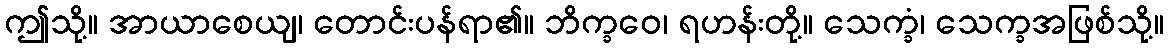
ဤသို့။ အာယာစေယျ၊ တောင်းပန်ရာ၏။ ဘိက္ခဝေ၊ ရဟန်းတို့။ သေက္ခံ၊ သေက္ခအဖြစ်သို့။